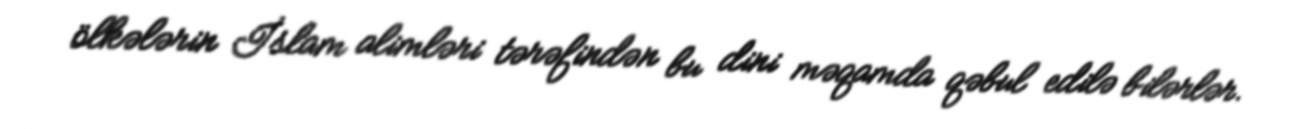
ölkələrin İslam alimləri tərəfindən bu dini məqamda qəbul edilə bilərlər.